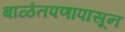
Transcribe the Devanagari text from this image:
बाळंतपणापासून